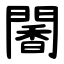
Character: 䦭